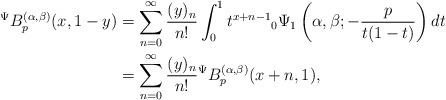
LaTeX: \begin{align*}{}^{\Psi}B_{p}^{(\alpha,\beta)}(x,1-y)&=\sum_{n=0}^{\infty}\frac{(y)_{n}}{n!}\int_{0}^{1}t^{x+n-1}{}_{0}\Psi_{1}\left( \alpha,\beta;-\frac{p}{t(1-t)}\right) dt\\&=\sum_{n=0}^{\infty}\frac{(y)_{n}}{n!} {}^{\Psi}B_{p}^{(\alpha,\beta)}(x+n,1),\end{align*}